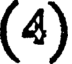
(4)